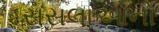
સસલાઓનો